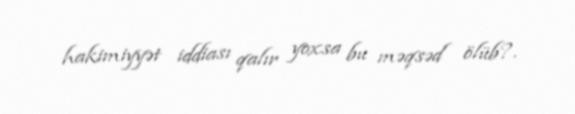
hakimiyyət iddiası qalır yoxsa bu məqsəd ölüb?.